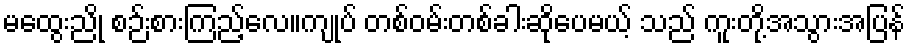
မထွေးညို စဉ်းစားကြည့်လေ။ကျုပ် တစ်ဝမ်းတစ်ခါးဆိုပေမယ့် သည် ကူးတို့အသွားအပြန်